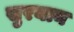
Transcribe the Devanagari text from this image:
सुरयान